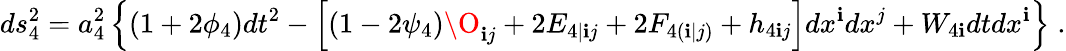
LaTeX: ds_{4}^{2}=a_{4}^{2}\left\{ (1+2\phi_{4})dt^{2}-\left[(1-2\psi_{4})\O_{\mathbf{i}j}+2E_{4|\mathbf{i}j}+2F_{4(\mathbf{i}|j)}+h_{4\mathbf{i}j}\right]dx^{\mathbf{i}}dx^{j}+W_{4\mathbf{i}}dtdx^{\mathbf{i}}\right\} \; .